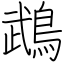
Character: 鵡